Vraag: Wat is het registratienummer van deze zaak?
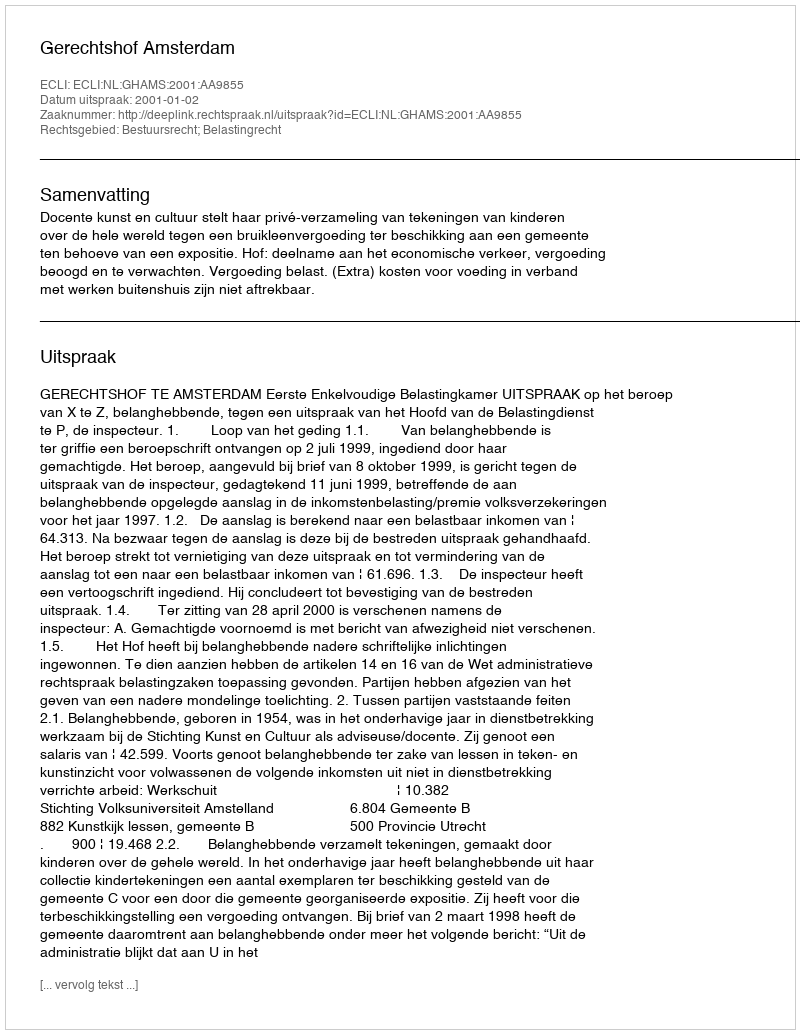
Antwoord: http://deeplink.rechtspraak.nl/uitspraak?id=ECLI:NL:GHAMS:2001:AA9855